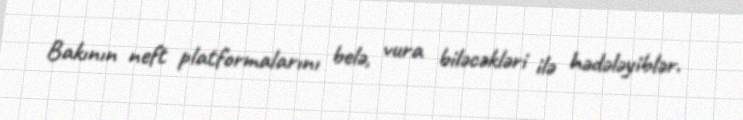
Bakının neft platformalarını belə, vura biləcəkləri ilə hədələyiblər.